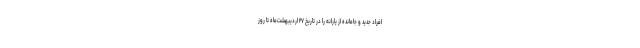
افراد جدید و جامانده از یارانه را در تاریخ ۲۷ اردیبهشت‌ماه تا روز